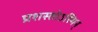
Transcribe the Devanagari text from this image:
प्रशस्तोऽस्मिन्